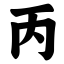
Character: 丙